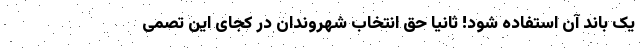
یک باند آن استفاده شود! ثانیا حق انتخاب شهروندان در کجای این تصمی